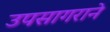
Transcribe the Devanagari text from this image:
उपसागराने